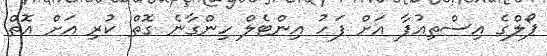
ޕޯލްގެ އިސްތިއުފާ އަށް ފަހު އިންޓެލް ހިންގާނެ ގޮތް ކުރި އަށް އޮތް